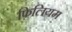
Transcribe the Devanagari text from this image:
फ़िलियम